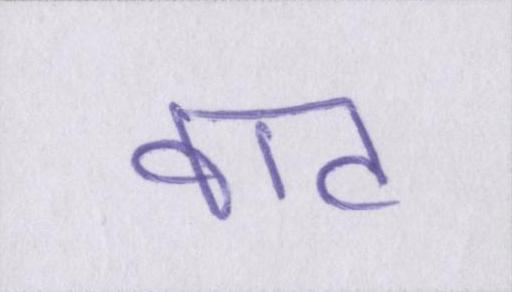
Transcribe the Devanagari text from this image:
वाट